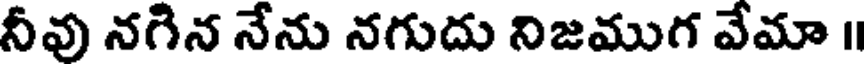
నీవు నగిన నేను నగుదు నిజముగ వేమా